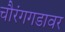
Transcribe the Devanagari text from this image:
चौरंगगडावर